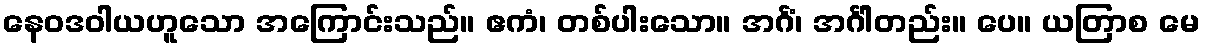
နေဝဒဝါယဟူသော အကြောင်းသည်။ ဧကံ၊ တစ်ပါးသော။ အင်္ဂံ၊ အင်္ဂါတည်း။ ပေ။ ယတြာစ မေ